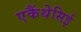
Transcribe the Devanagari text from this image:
एकैंथेसिई